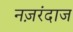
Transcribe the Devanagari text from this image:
नज़रंदाज